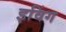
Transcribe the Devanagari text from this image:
इविंग